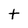
Character: t